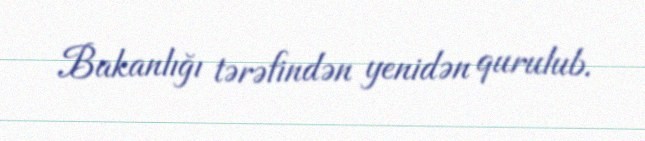
Bakanlığı tərəfindən yenidən qurulub.